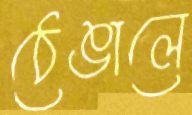
ঠেঙালে